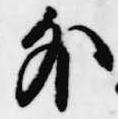
外